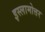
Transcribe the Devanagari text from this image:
इस्लामोत्तर